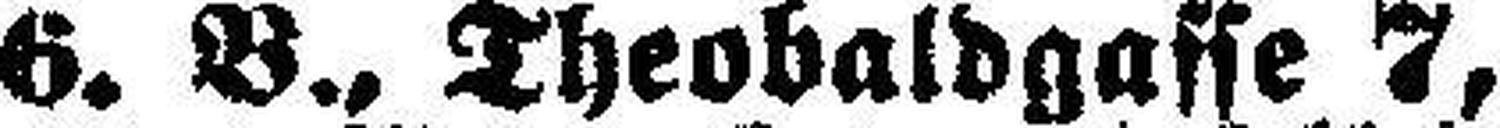
6. B., Theobaldgasse 7,